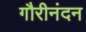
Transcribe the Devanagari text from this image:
गौरीनंदन